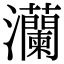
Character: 灡